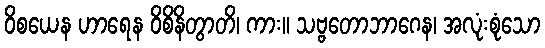
ဝိစယေန ဟာရေန ဝိစိနိတွာတိ၊ ကား။ သဗ္ဗတောဘာဂေန၊ အလုံးစုံသော